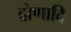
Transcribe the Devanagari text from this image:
द्रोणादि